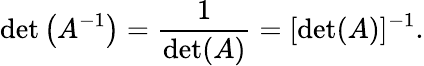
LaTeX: \operatorname*{det}\left(A^{-1}\right)={\frac{1}{\operatorname*{det}(A)}}=[\operatorname*{det}(A)]^{-1}.